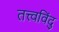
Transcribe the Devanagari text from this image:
तत्त्वविंदु